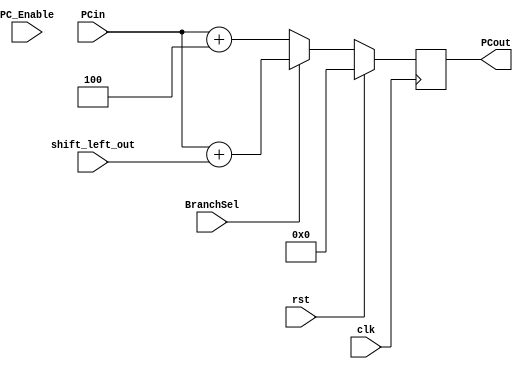
`timescale 1ns / 1ps


module Nbit_reg #(parameter n = 32)
(
    input clk,
    input PC_Enable,
    input rst, 
    input BranchSel, 
    input [31:0] shift_left_out,
    input [31:0] PCin,
    output reg [31:0] PCout
 );

always @ (posedge clk) begin
    if(rst) begin
        PCout <= 0;
    end
    else begin
        PCout <= BranchSel? PCin  + shift_left_out : PCin +4;
    end
end

endmodule